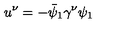
u ^ { \nu } = - \bar { \psi } _ { 1 } \gamma ^ { \nu } \psi _ { 1 }